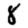
Digit: 8